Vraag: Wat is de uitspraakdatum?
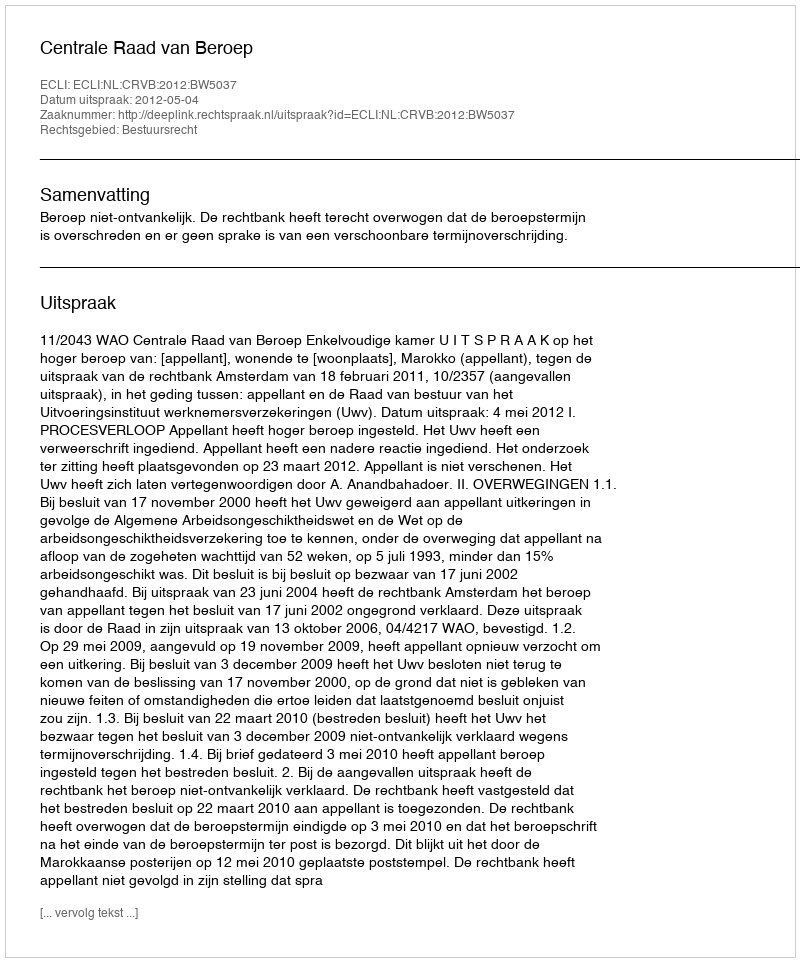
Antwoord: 2012-05-04